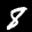
Label: 8